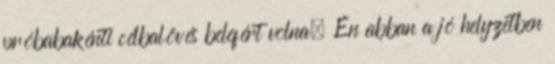
próbabakénti célbalövés belefért volna. Én abban a jó helyzetben